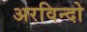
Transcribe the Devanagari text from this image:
अरविन्दो